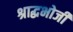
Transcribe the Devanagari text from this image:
श्राद्धभोजी